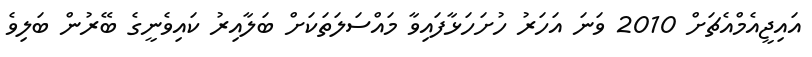
އައިޖީއެމްއެޗަށް 2010 ވަނަ އަހަރު ހުށަހަޅާފައިވާ މައްސަލަތަކަށް ބަލާއިރު ކައިވެނީގެ ބޭރުން ބަލިވެ